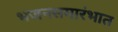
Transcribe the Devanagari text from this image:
भजनसमारंभात